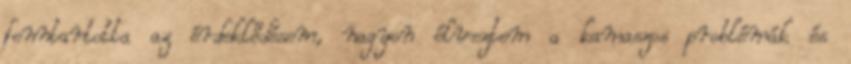
fenntartotta az érdeklődésem, nagyon élveztem a kamaszos problémák és